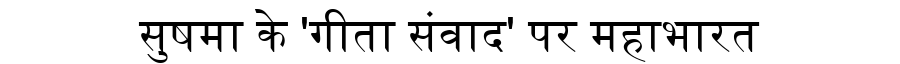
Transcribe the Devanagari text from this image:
सुषमा के 'गीता संवाद' पर महाभारत